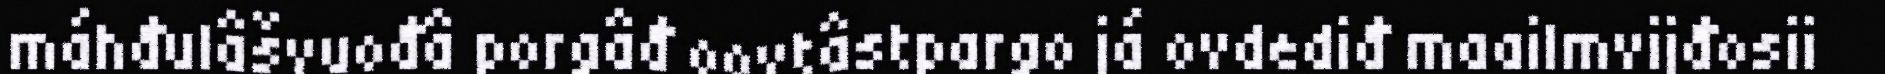
máhđulâšvuođâ porgâđ oovtâstpargo já ovdediđ maailmvijđosii